Lock hospitals Punjab
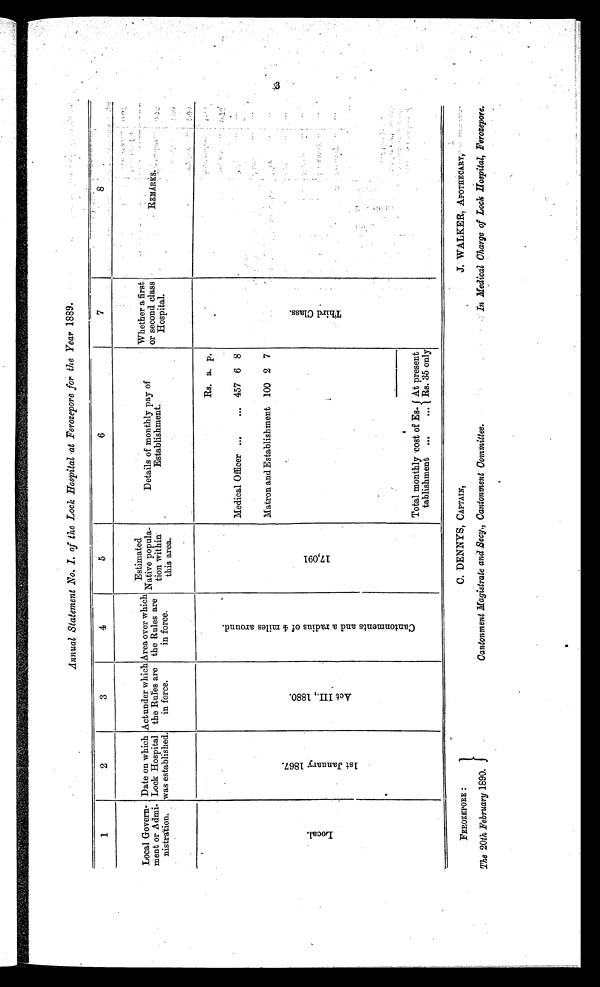
Annual Statement No. I. of the Lock Hospital at Ferozepore for the Year 1889.
1
2
3
4
5
6
7
8
Local Govern-
ment or Admi-
n i s t r a t i o n .
Date on which
Lock Hospital
was established.
Act under which
the Rules are
in force.
Area over which
the Rules are
in force.
Estimated
Native popula-
tion within
this area.
Details of monthly pay of
Establishment.
Whether a firs
or second class
Hospital.
R E M A R K S .
L o c a l .
1 s t J a n u a r y 1 8 6 7 .
A c t I I I . , 1 8 8 0 .
C a n t o n m e n t s a n d a r a d i u s o f 4 m i l e s a r o u n d .
1 7 , 0 9 1
Rs. a. p.
T h i r d C l a s s .
Medical Officer ...
... 457 6 8
Matron and Establishment 100 2 7
Total monthly cost of Es-
tablishment ...
...
At present
Rs. 35 only
FEROZEPORE :
The 20th February 1890.
C. DENNYS, CAPTAIN,
Cantonment Magistrate and Secy., Cantonment Committee.
J. WALKER, APOTHECARY,
In Medical Charge of Lock Hospital, Ferozepore.